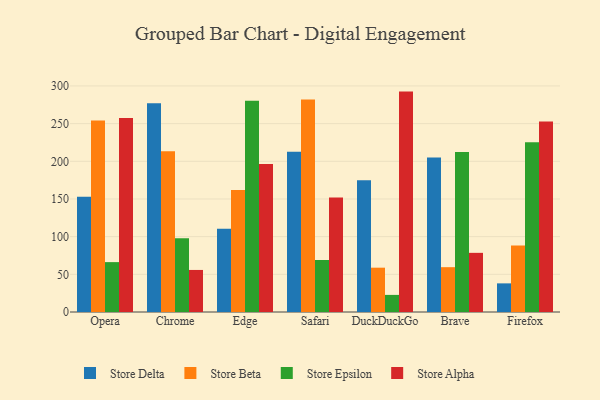
{"axis": {"x": "Browser", "y": "Website Visitors"}, "legend": ["Store Alpha", "Store Beta", "Store Delta", "Store Epsilon"], "data": [{"x": "Opera", "y": 152.8, "type": "Store Delta"}, {"x": "Opera", "y": 254.2, "type": "Store Beta"}, {"x": "Opera", "y": 66.2, "type": "Store Epsilon"}, {"x": "Opera", "y": 257.6, "type": "Store Alpha"}, {"x": "Chrome", "y": 277.1, "type": "Store Delta"}, {"x": "Chrome", "y": 213.2, "type": "Store Beta"}, {"x": "Chrome", "y": 97.8, "type": "Store Epsilon"}, {"x": "Chrome", "y": 55.8, "type": "Store Alpha"}, {"x": "Edge", "y": 110.6, "type": "Store Delta"}, {"x": "Edge", "y": 161.9, "type": "Store Beta"}, {"x": "Edge", "y": 280.3, "type": "Store Epsilon"}, {"x": "Edge", "y": 196.3, "type": "Store Alpha"}, {"x": "Safari", "y": 212.7, "type": "Store Delta"}, {"x": "Safari", "y": 281.9, "type": "Store Beta"}, {"x": "Safari", "y": 69.0, "type": "Store Epsilon"}, {"x": "Safari", "y": 152.0, "type": "Store Alpha"}, {"x": "DuckDuckGo", "y": 174.9, "type": "Store Delta"}, {"x": "DuckDuckGo", "y": 58.8, "type": "Store Beta"}, {"x": "DuckDuckGo", "y": 22.7, "type": "Store Epsilon"}, {"x": "DuckDuckGo", "y": 292.5, "type": "Store Alpha"}, {"x": "Brave", "y": 205.0, "type": "Store Delta"}, {"x": "Brave", "y": 59.5, "type": "Store Beta"}, {"x": "Brave", "y": 212.2, "type": "Store Epsilon"}, {"x": "Brave", "y": 78.5, "type": "Store Alpha"}, {"x": "Firefox", "y": 38.0, "type": "Store Delta"}, {"x": "Firefox", "y": 88.4, "type": "Store Beta"}, {"x": "Firefox", "y": 225.4, "type": "Store Epsilon"}, {"x": "Firefox", "y": 252.9, "type": "Store Alpha"}]}